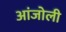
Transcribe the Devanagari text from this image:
आंजोली